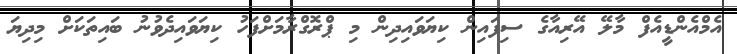
އެމްއެންޑީއެފް މާލޭ އޭރިއާގެ ސިފައިން ކިޔަވައިދިން މި ޕްރޮގްރާމަށްފަހު ކިޔަވައިދެވުނު ބައިތަކަށް މިދިޔަ